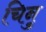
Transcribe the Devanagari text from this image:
चिनु